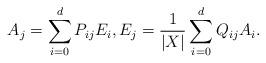
LaTeX: \begin{align*}A_j=\sum_{i=0}^d P_{ij}E_i,E_j =\frac{1}{|X|}\sum_{i=0}^{d} Q_{ij}A_i.\end{align*}